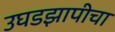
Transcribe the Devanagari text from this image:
उघडझापीचा